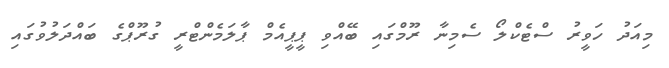
މިއަދު ހަވީރު ސްޓެކްލޯ ސެމިނާ ރޫމްގައި ބޭއްވި ޕީޕީއެމް ޕާލަމެންޓްރީ ގުރޫޕްގެ ބައްދަލުވުގައި